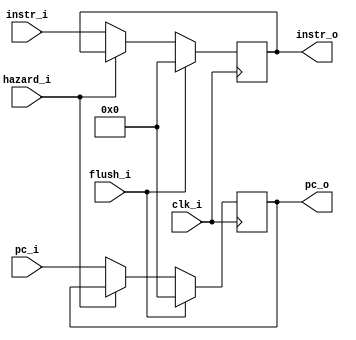
module IF_ID
(
    clk_i,
    flush_i,
    hazard_i,
    pc_i,
    instr_i,
    pc_o,
    instr_o,
);

input				clk_i;
input				flush_i;
input				hazard_i;
input [31:0]		pc_i;
input [31:0]		instr_i;

output reg [31:0]	pc_o = 32'd0;
output reg [31:0]	instr_o = 32'd0;

always@(posedge clk_i) 
begin
    pc_o	<= flush_i ? 32'b0 : hazard_i ? pc_o	: pc_i;
    instr_o <= flush_i ? 32'b0 : hazard_i ? instr_o : instr_i;
end
endmodule